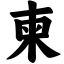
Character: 柬